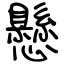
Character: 懸